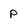
Character: P